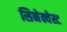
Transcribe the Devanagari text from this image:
सिनेक्वेस्ट